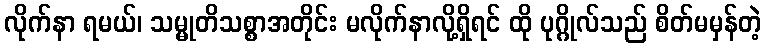
လိုက်နာ ရမယ်၊ သမ္မုတိသစ္စာအတိုင်း မလိုက်နာလို့ရှိရင် ထို ပုဂ္ဂိုလ်သည် စိတ်မမှန်တဲ့